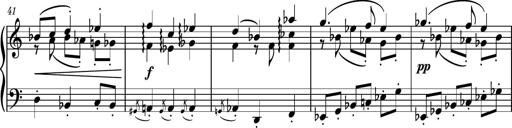
Title: Piano Sonatina No.4
Composer: Dimitri Sykias
Key: D major